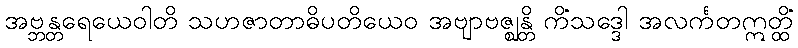
အဗ္ဘန္တရေယေဝါတိ သဟဇာတာဓိပတိယေဝ အဗျာဗဇ္ဈန္တိ ကိံသဒ္ဒေါ အလင်္ကတဣတ္ထိံ